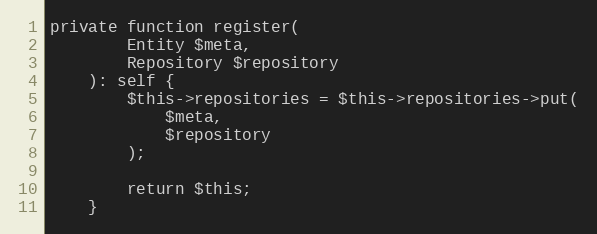
Language: PHP
private function register(
        Entity $meta,
        Repository $repository
    ): self {
        $this->repositories = $this->repositories->put(
            $meta,
            $repository
        );

        return $this;
    }